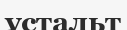
ұстальт